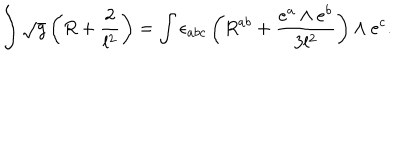
\int \sqrt { g } \left( R + \frac { 2 } { l ^ { 2 } } \right) = \int \epsilon _ { a b c } \left( R ^ { a b } + \frac { e ^ { a } \wedge e ^ { b } } { 3 l ^ { 2 } } \right) \wedge e ^ { c } .